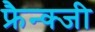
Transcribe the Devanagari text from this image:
फ्रैन्क्जी